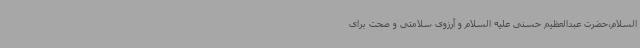
السلام،حضرت عبدالعظیم حسنی علیه السلام و آرزوی سلامتی و صحت برای